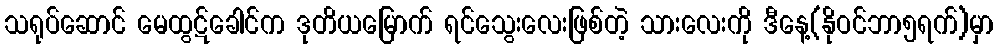
သရုပ်ဆောင် မေထွဋ်ခေါင်က ဒုတိယမြောက် ရင်သွေးလေးဖြစ်တဲ့ သားလေးကို ဒီနေ့(နိုဝင်ဘာ၅ရက်)မှာ